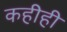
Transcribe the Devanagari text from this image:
कहीही